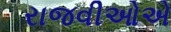
રાજવીઓએ